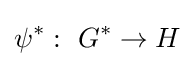
\psi ^{\ast }:\ G^{\ast }\to H